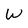
Character: W